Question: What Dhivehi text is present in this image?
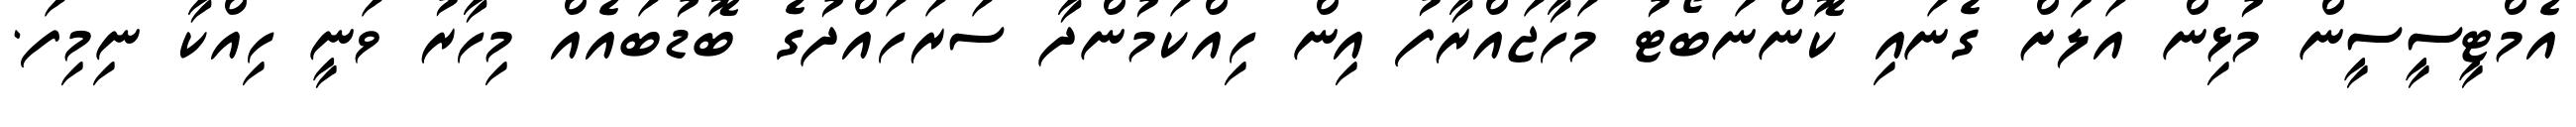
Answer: އެމްޓީސީސީން މުޅިން އަލަށް ގެނައި ކޮންނަބޯޓު މަހާޖައްރާފު އިން ހިއްކަމުންދާ ސަރަހައްދުގެ ބޮޑުބައެއް މިހާރު ވަނީ ހިއްކާ ނިމިފަ.